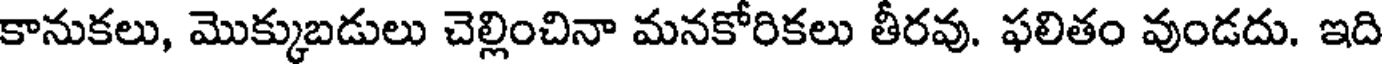
కానుకలు, మొక్కుబడులు చెల్లించినా మనకోరికలు తీరవు. ఫలితం వుండదు. ఇది